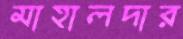
মাহালদার